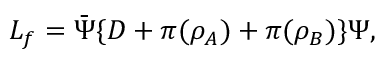
{ \cal L } _ { f } = { \bar { \Psi } } \{ D + \pi ( \rho _ { \cal A } ) + \pi ( \rho _ { \cal B } ) \} \Psi ,